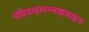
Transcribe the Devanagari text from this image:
पेप्टिडाइलग्लाइसाइन